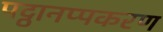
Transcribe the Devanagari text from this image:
पट्ठानप्पकरण